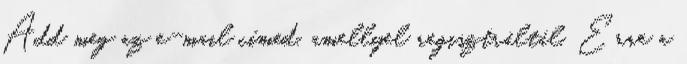
Add meg az e-mail címed, amellyel regisztráltál. Erre a